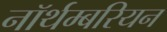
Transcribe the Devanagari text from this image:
नॉर्थम्बरियन